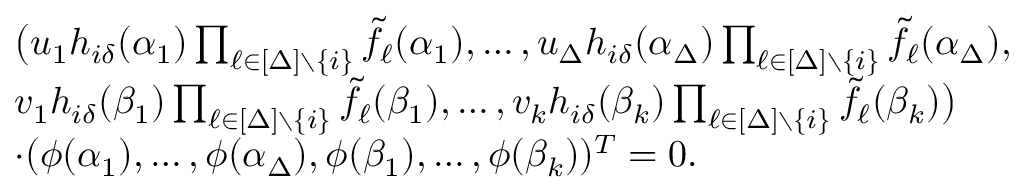
\begin{array} { r l } & { \big ( u _ { 1 } h _ { i \delta } ( \alpha _ { 1 } ) \prod _ { \ell \in [ \Delta ] \setminus \{ i \} } \tilde { f } _ { \ell } ( \alpha _ { 1 } ) , \ldots , u _ { \Delta } h _ { i \delta } ( \alpha _ { \Delta } ) \prod _ { \ell \in [ \Delta ] \setminus \{ i \} } \tilde { f } _ { \ell } ( \alpha _ { \Delta } ) , } \\ & { v _ { 1 } h _ { i \delta } ( \beta _ { 1 } ) \prod _ { \ell \in [ \Delta ] \setminus \{ i \} } \tilde { f } _ { \ell } ( \beta _ { 1 } ) , \ldots , v _ { k } h _ { i \delta } ( \beta _ { k } ) \prod _ { \ell \in [ \Delta ] \setminus \{ i \} } \tilde { f } _ { \ell } ( \beta _ { k } ) \big ) } \\ & { \cdot ( \phi ( \alpha _ { 1 } ) , \ldots , \phi ( \alpha _ { \Delta } ) , \phi ( \beta _ { 1 } ) , \ldots , \phi ( \beta _ { k } ) ) ^ { T } = 0 . } \end{array}